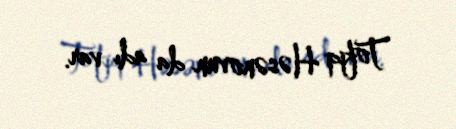
Tofiq Həsənovun da adı var.